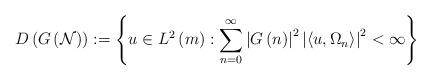
LaTeX: \begin{align*}D\left( G\left( \mathcal{N}\right) \right) :=\left\{ u\in L^{2}\left(m\right) :\sum_{n=0}^{\infty}\left\vert G\left( n\right) \right\vert^{2}\left\vert \left\langle u,\Omega_{n}\right\rangle \right\vert ^{2}<\infty\right\} \end{align*}